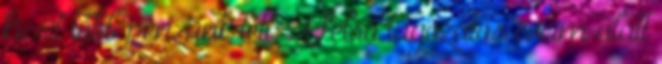
kicsit több pénzünk lett. A felső tagozatos éveim alatt